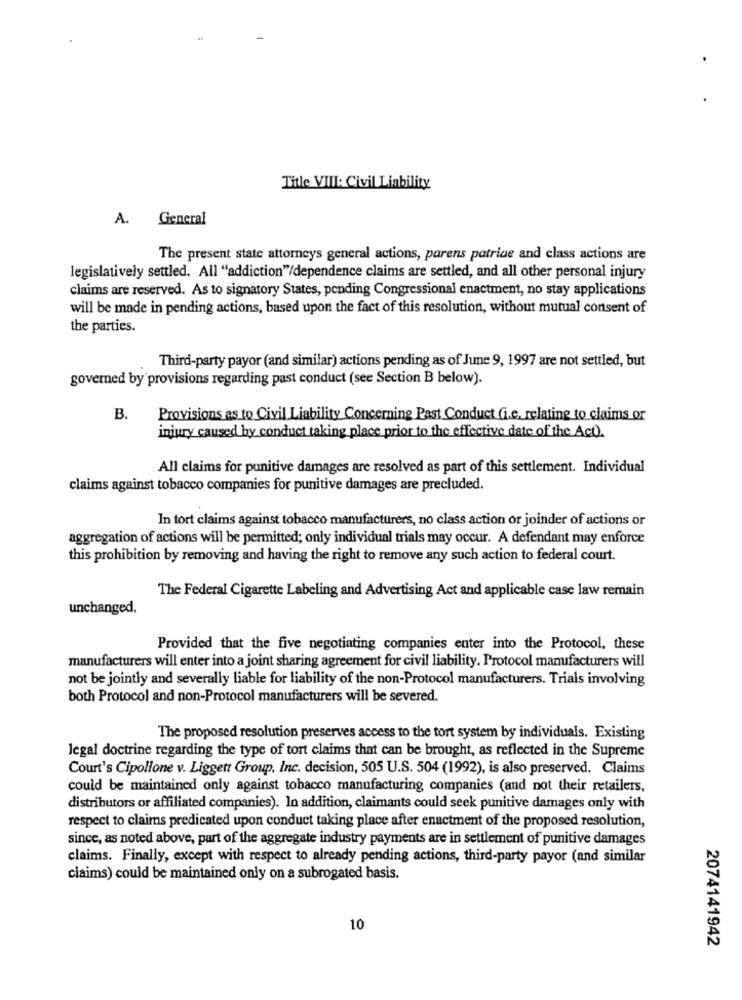
Title VIII: Civil Liability
A.
General
The present state attorneys general actions, parens patriae and class actions are
legislatively settled. All "addiction"/dependence claims are settled, and all other personal injury
claims are reserved. As to signatory States, pending Congressional enactment, no stay applications
will be made in pending actions, based upon the fact of this resolution, without mutual consent of
the parties.
Third-party payor (and similar) actions pending as of June 9, 1997 are not settled, but
governed by provisions regarding past conduct (see Section B below).
B.
Provisions as to Civil Liability Concerning Past Conduct Gi.e. relating to claims or
injury caused by conduct taking place prior to the effective date of the Act).
All claims for punitive damages are resolved as part of this settlement. Individual
claims against tobacco companies for punitive damages are precluded.
In tort claims against tobacco manufacturers, no class action or joinder of actions or
aggregation of actions will be permitted; only individual trials may occur. A defendant may enforce
this prohibition by removing and having the right to remove any such action to federal court.
The Federal Cigarette Labeling and Advertising Act and applicable case law remain
unchanged.
Provided that the five negotiating companies enter into the Protocol, these
manufacturers will enter into a joint sharing agreement for civil liability. Protocol manufacturers will
not be jointly and severally liable for liability of the non-Protocol manufacturers. Trials involving
both Protocol and non-Protocol manufacturers will be severed.
The proposed resolution preserves access to the tort system by individuals. Existing
Jegal doctrine regarding the type of tort claims that can be brought, as reflected in the Supreme
Court's Cipollone v. Liggett Group, Inc. decision, 505 U.S. 504 (1992), is also preserved. Claims
could be maintained only against tobacco manufacturing companies (and not their retailers,
distributors or affiliated companies). In addition, claimants could seek punitive damages only with
respect to claims predicated upon conduct taking place after enactment of the proposed resolution,
since, as noted above, part of the aggregate industry payments are in settlement of punitive damages
claims. Finally, except with respect to already pending actions, third-party payor (and similar
claims) could be maintained only on a subrogated basis.
10
2074141942